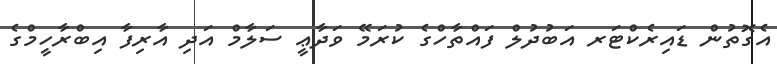
އެގޮތުން ޑައިރެކްޓަރ އަބުދުލް ފައްތާހްގެ ކުރަމޭ ވަދާޢީ ސަލާމް އަދި އާރިފާ އިބްރާހީމްގެ